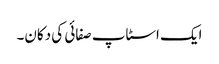
ایک اسٹاپ صفائی کی دکان۔